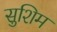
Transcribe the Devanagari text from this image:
सुशिम